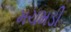
મચમડી